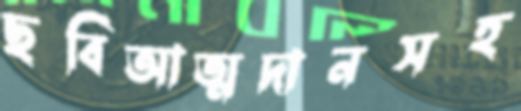
ছবিআত্মদানসহ